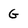
Character: G